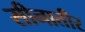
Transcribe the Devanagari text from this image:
सीनातीर